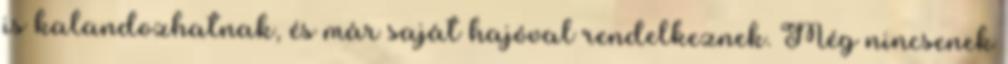
is kalandozhatnak, és már saját hajóval rendelkeznek. Még nincsenek